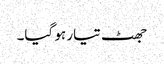
جھٹ تیار ہو گیا۔